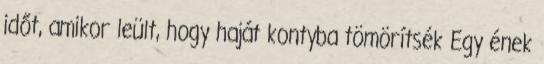
időt, amikor leült, hogy haját kontyba tömörítsék Egy ének